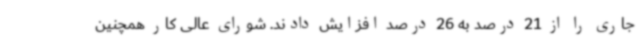
جاری را از 21 درصد به 26 درصد افزایش دادند. شورای عالی کار همچنین